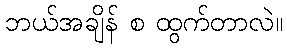
ဘယ်အချိန် စ ထွက်တာလဲ။